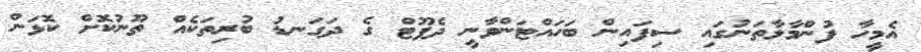
އެމީހާ ފުންމާލާތަނުގައި ސިފައިން ބަހައްޓަންވާނީ ދެފޫޓް ގެ ދަގަނޑު ބުރިތަކެއް ތޫނުކޮށް ކޮޅަން